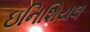
ઇનિશિયલ